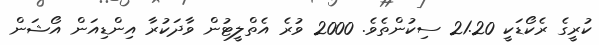
ކުރީގެ ރެކޯޑަކީ 21.20 ސިކުންތެވެ. 2000 ވުރެ އެތްލީޓުން ވާދަކުރާ އިންޑިއަން އޯޝަން